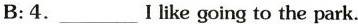
B:4.___ I like going to the park.